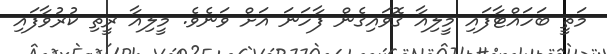
މަތީ ބަހައްޓާފައި މީލިއާ ގޮވައިގެން ފާހަނަ އަށް ވަނެވެ. މީލިއާ ރީތި ކުރުވާފައި